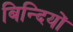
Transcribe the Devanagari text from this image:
बिन्दियों